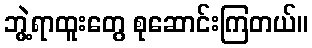
ဘွဲ့ရာထူးတွေ စုဆောင်းကြတယ်။